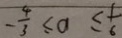
- \frac { 4 } { 3 } \leq a \leq \frac { 1 } { 6 }